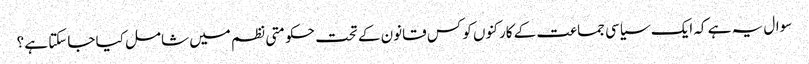
سوال یہ ہے کہ ایک سیاسی جماعت کے کارکنوں کو کس قانون کے تحت حکومتی نظم میں شامل کیا جاسکتا ہے ؟